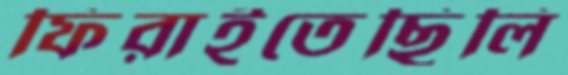
ফিরাইতেছিলি